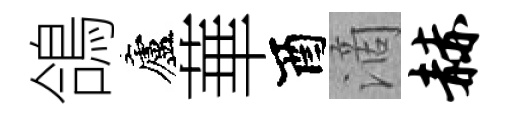
鴿廬華酉滴赫